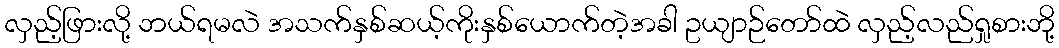
လှည့်ဖြားလို့ ဘယ်ရမလဲ အသက်နှစ်ဆယ့်ကိုးနှစ်ယောက်တဲ့အခါ ဥယျာဉ်တော်ထဲ လှည့်လည်ရှုစားဘို့